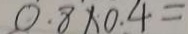
0 . 8 \times 0 . 4 =